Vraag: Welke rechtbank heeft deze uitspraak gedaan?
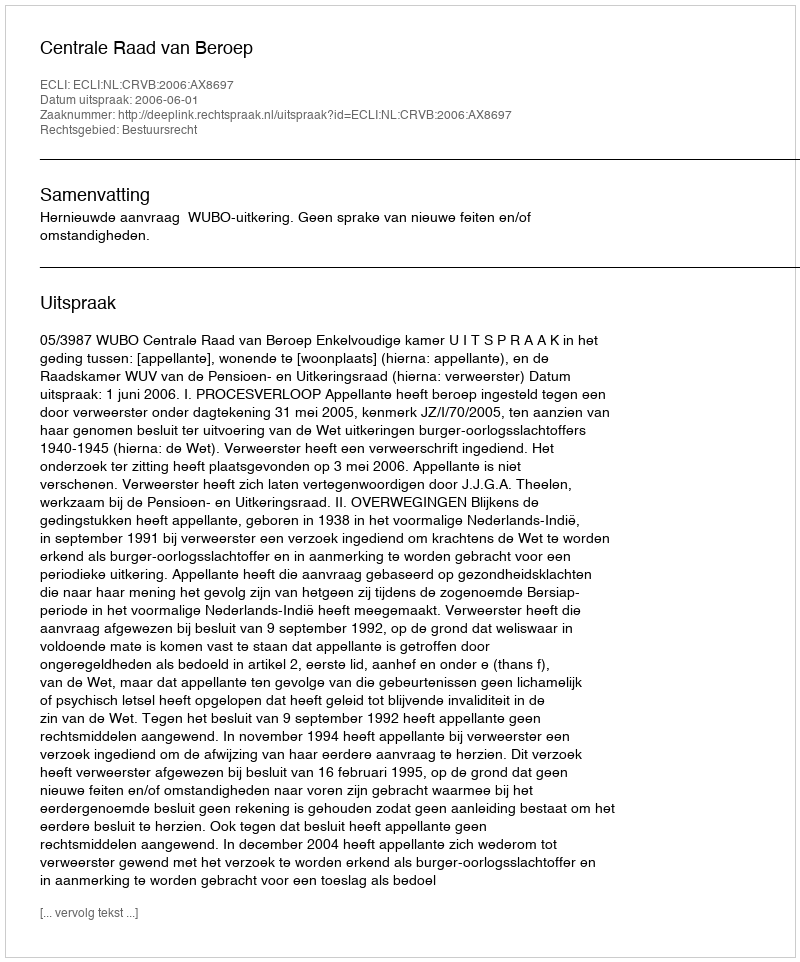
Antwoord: Centrale Raad van Beroep